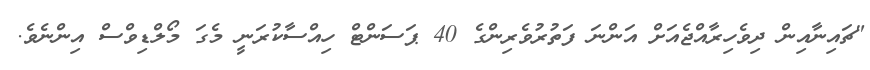
"ޗައިނާއިން ދިވެހިރާއްޖެއަށް އަންނަ ފަތުރުވެރިންގެ 40 ޕަސަންޓް ހިއްސާކުރަނީ މެގަ މޯލްޑިވްސް އިންނެވެ.